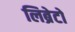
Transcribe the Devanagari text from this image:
लिब्रेटो